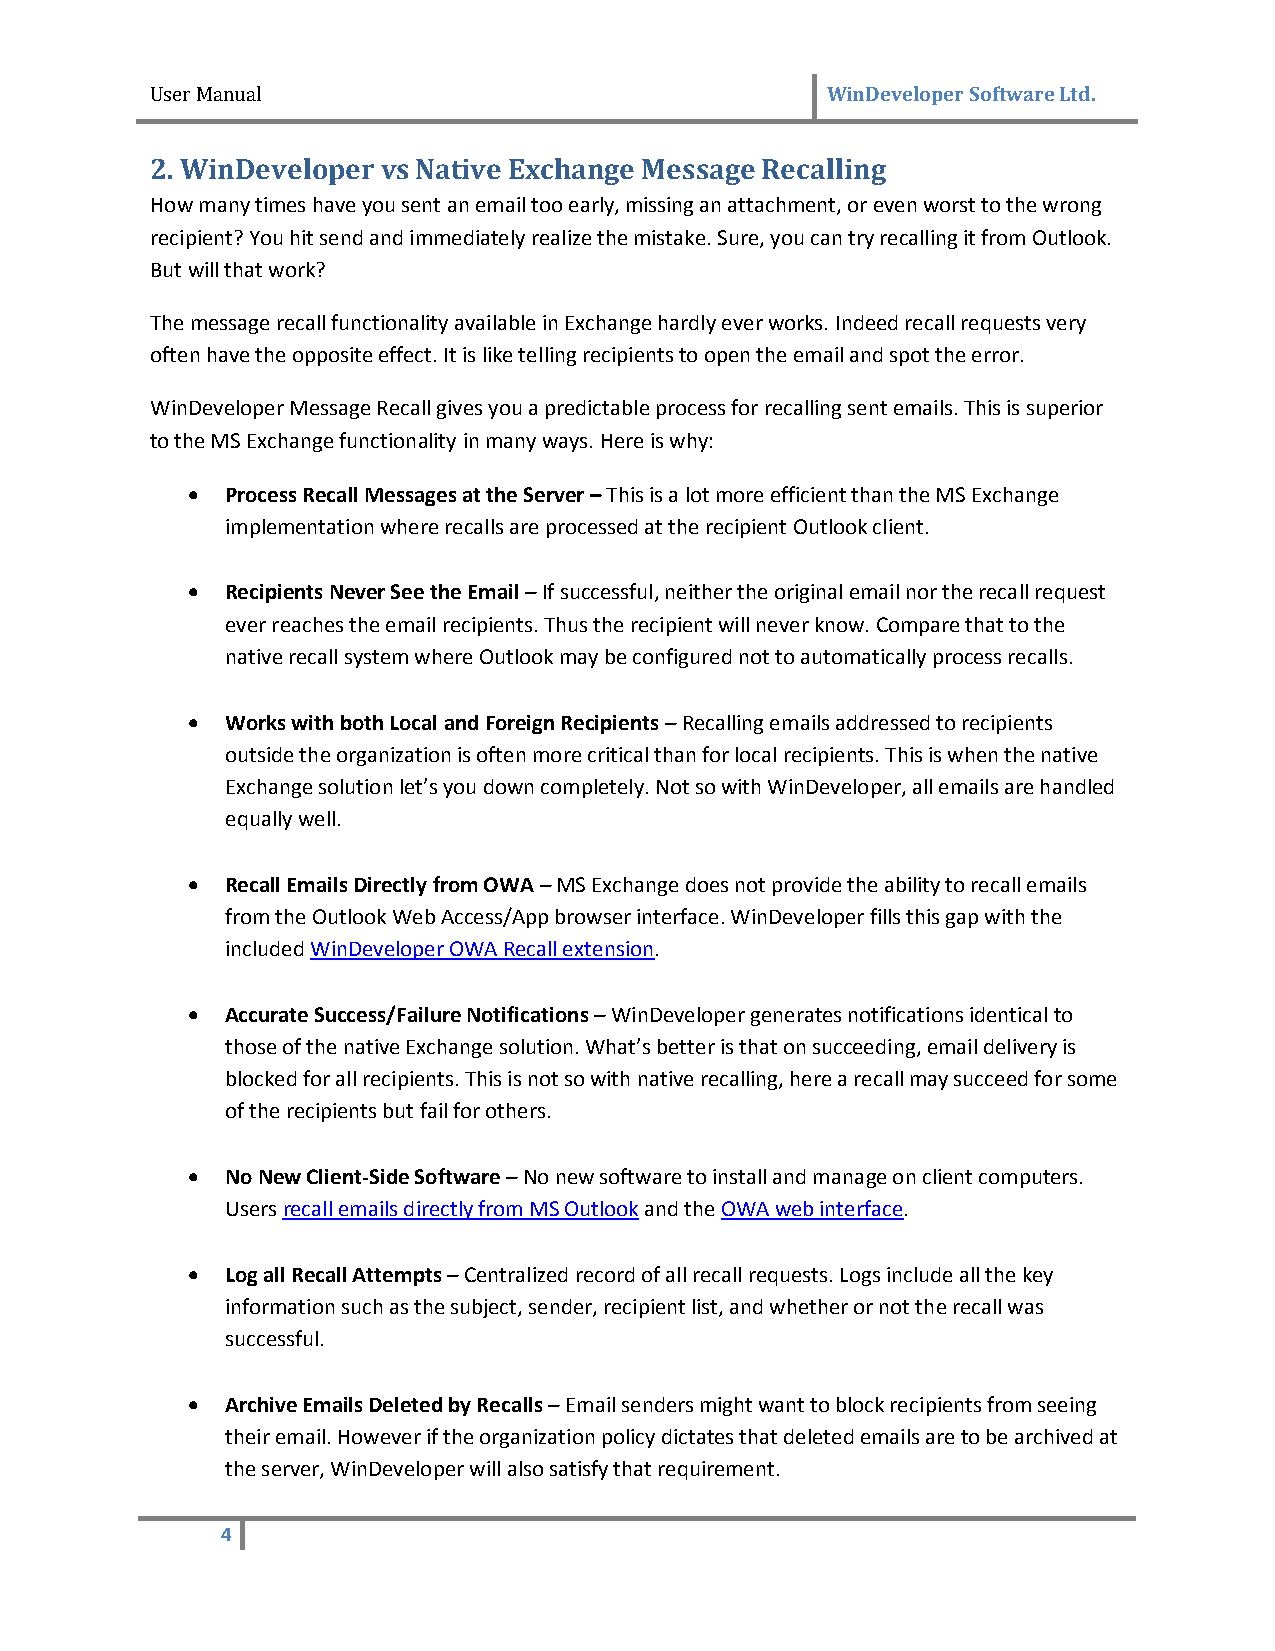
User Manual                                  WinDeveloper Software Ltd.
 2. WinDeveloper vs Native Exchange Message Recalling
 How many times have you sent an email too early, missing an attachment, or even worst to the wrong
 recipient? You hit send and immediately realize the mistake. Sure, you can try recalling it from Outlook.
 But will that work?
 The message recall functionality available in Exchange hardly ever works. Indeed recall requests very
 often have the opposite effect. It is like telling recipients to open the email and spot the error.
 WinDeveloper Message Recall gives you a predictable process for recalling sent emails. This is superior
 to the MS Exchange functionality in many ways. Here is why:
   Process Recall Messages at the Server – This is a lot more efficient than the MS Exchange
 implementation where recalls are processed at the recipient Outlook client.
   Recipients Never See the Email – If successful, neither the original email nor the recall request
 ever reaches the email recipients. Thus the recipient will never know. Compare that to the
 native recall system where Outlook may be configured not to automatically process recalls.
   Works with both Local and Foreign Recipients – Recalling emails addressed to recipients
 outside the organization is often more critical than for local recipients. This is when the native
 Exchange solution let’s you down completely. Not so with WinDeveloper, all emails are handled
 equally well.
   Recall Emails Directly from OWA – MS Exchange does not provide the ability to recall emails
 from the Outlook Web Access/App browser interface. WinDeveloper fills this gap with the
 included WinDeveloper OWA Recall extension.
   Accurate Success/Failure Notifications – WinDeveloper generates notifications identical to
 those of the native Exchange solution. What’s better is that on succeeding, email delivery is
 blocked for all recipients. This is not so with native recalling, here a recall may succeed for some
 of the recipients but fail for others.
   No New Client-Side Software – No new software to install and manage on client computers.
 Users recall emails directly from MS Outlook and the OWA web interface.
   Log all Recall Attempts – Centralized record of all recall requests. Logs include all the key
 information such as the subject, sender, recipient list, and whether or not the recall was
 successful.
   Archive Emails Deleted by Recalls – Email senders might want to block recipients from seeing
 their email. However if the organization policy dictates that deleted emails are to be archived at
 the server, WinDeveloper will also satisfy that requirement.
 4